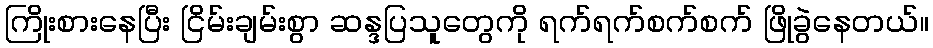
ကြိုးစားနေပြီး ငြိမ်းချမ်းစွာ ဆန္ဒပြသူတွေကို ရက်ရက်စက်စက် ဖြိုခွဲနေတယ်။